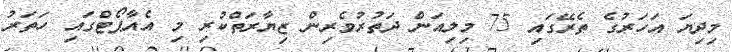
މިދިޔަ އަހަރުގެ ތެރޭގައި 75 މިލިއަން ދަތުރުވެރިން ޒިޔާރަތްކުރި މި އެއާޕޯޓްގައި ހަތަރު